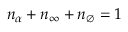
n _ { \alpha } + n _ { \infty } + n _ { \emptyset } = 1